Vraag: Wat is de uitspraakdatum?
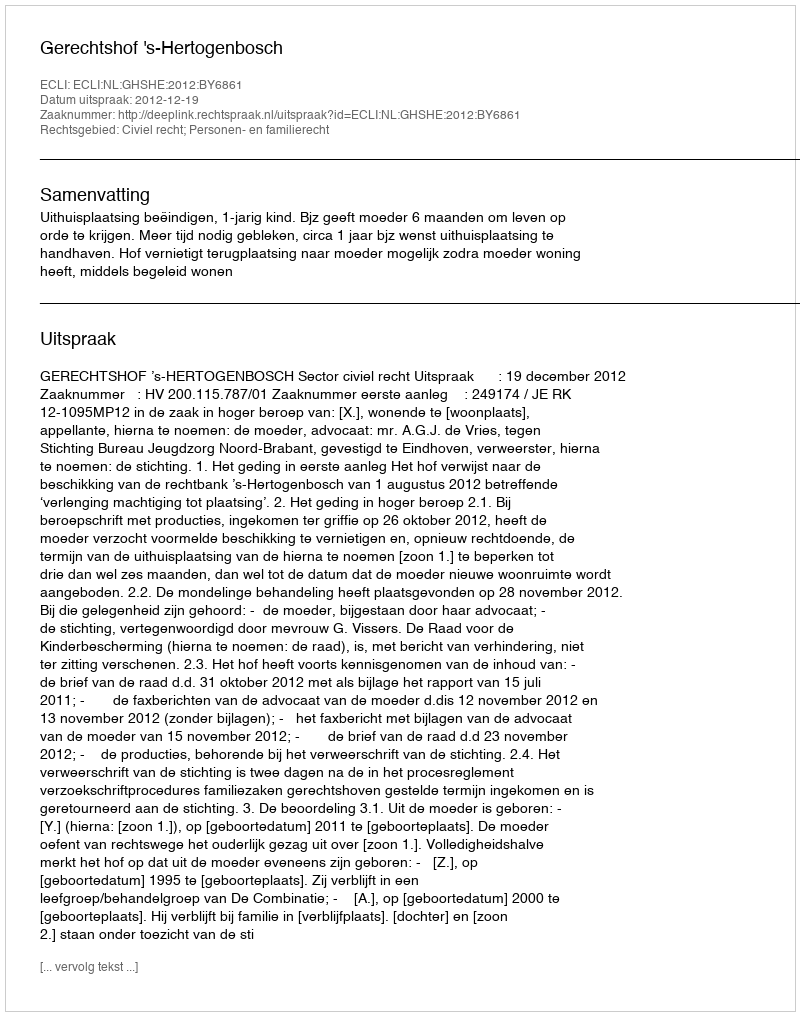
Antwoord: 2012-12-19